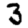
Digit: 3